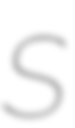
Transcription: S